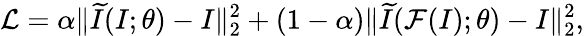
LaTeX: \mathcal{L}=\alpha\| \widetilde{I}(I;\theta)-I\| _{2}^{2}+(1-\alpha)\| \widetilde{I}(\mathcal{F}(I);\theta)-I\| _{2}^{2},